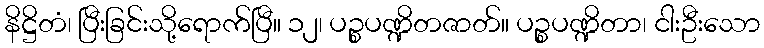
နိဋ္ဌိတံ၊ ပြီးခြင်းသို့ရောက်ပြီ။ ၁၂၊ ပဉ္စပဏ္ဍိတဇာတ်။ ပဉ္စပဏ္ဍိတာ၊ ငါးဦးသော